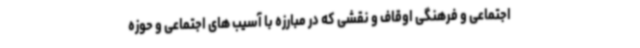
اجتماعی و فرهنگی اوقاف و نقشی که در مبارزه با آسیب های اجتماعی و حوزه